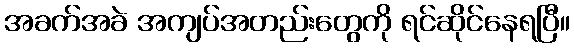
အခက်အခဲ အကျပ်အတည်းတွေကို ရင်ဆိုင်နေရပြီ။